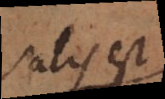
salis est